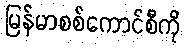
မြန်မာစစ်ကောင်စီကို